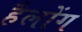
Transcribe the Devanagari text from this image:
हैलोंग